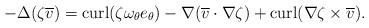
LaTeX: \begin{align*}-\Delta (\zeta \overline v)={\rm curl}(\zeta \omega_\theta e_\theta) -\nabla (\overline v\cdot \nabla \zeta)+{\rm curl}(\nabla \zeta\times\overline v).\end{align*}